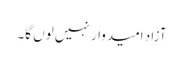
آزاد امیدوار نہیں لوں گا۔